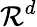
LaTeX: \mathcal{R}^{d}